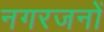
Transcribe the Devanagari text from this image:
नगरजनों